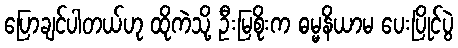
ပြောချင်ပါတယ်ဟု ထိုကဲသို့ ဦးမြစိုးက ဓမ္မနိယာမ ပေးပြိုင်ပွဲ